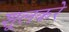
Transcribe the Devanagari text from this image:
शूलकरे